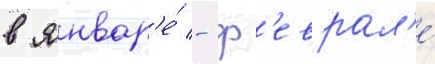
в январ'е́ - ф'еврал'е́